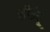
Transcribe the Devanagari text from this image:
सीईयू